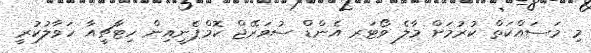
މި މަސައްކަތް ކުރުމަށް މާލެ ވޯޓަރ އެންޑް ސުވަރޭޖް ކޮމްޕެނީއިން ހިޓާޗީއާ ހަވާލުކުރީ